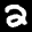
Label: 2